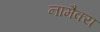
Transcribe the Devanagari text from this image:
नामैक्य